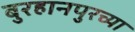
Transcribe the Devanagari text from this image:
बुरहानपुरच्या